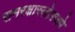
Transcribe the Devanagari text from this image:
रामरक्षास्तोत्रजपे